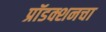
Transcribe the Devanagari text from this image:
प्रॉडक्शनचा